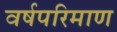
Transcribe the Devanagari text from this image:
वर्षपरिमाण